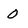
Character: 0